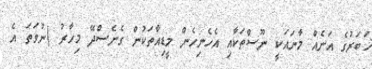
ޚަބަރުގެ އަނެއް މާނައަކީ ނޫސްތަކާއި އެހެނިހެން މީޑިއާތަކުން ގެނެސްދޭ މިހާރު (ނުވަތަ އެ